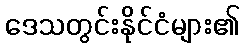
ဒေသတွင်းနိုင်ငံများ၏